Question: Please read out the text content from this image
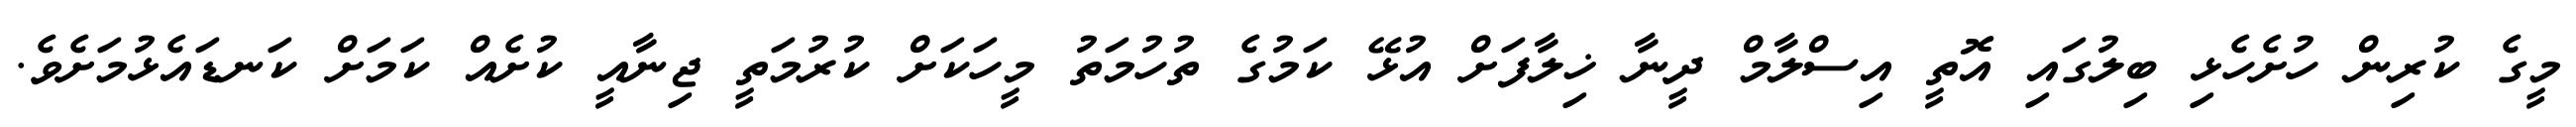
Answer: މީގެ ކުރިން ހުށެހެޅި ބިލުގައި އޮތީ އިސްލާމް ދީނާ ޚިލާފަށް އުޅޭ ކަމުގެ ތުހުމަތު މީހަކަށް ކުރުމަތީ ޖިނާއީ ކުށެއް ކަމަށް ކަނޑައެޅުމަށެވެ.